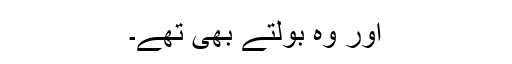
اور وہ بولتے بھی تھے۔